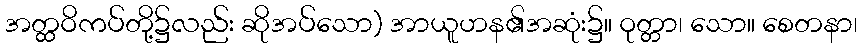
အတ္ထဝိကပ်တို့၌လည်း ဆိုအပ်သော) အာယူဟန၏အဆုံး၌။ ဝုတ္တာ၊ သော။ စေတနာ၊